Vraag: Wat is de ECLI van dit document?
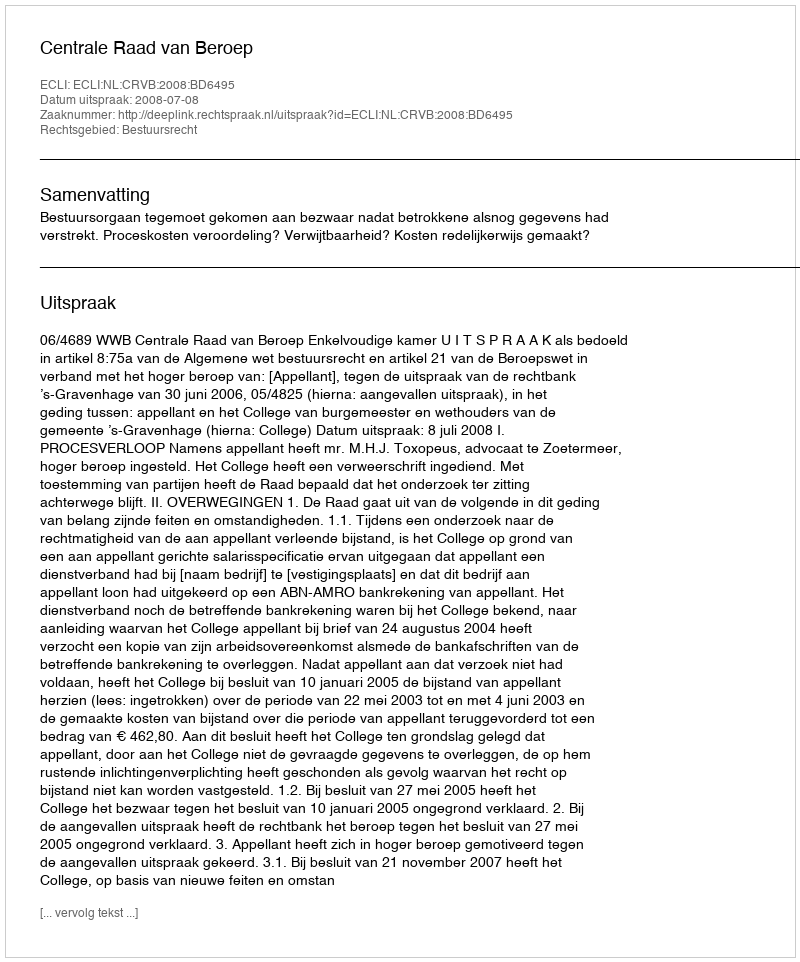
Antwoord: ECLI:NL:CRVB:2008:BD6495